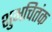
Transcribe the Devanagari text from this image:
शुभचितंक